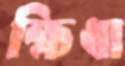
ক্ষিধা